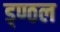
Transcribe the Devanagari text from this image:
ड्ण्ठल